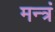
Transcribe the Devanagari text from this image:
मन्त्रं